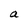
Character: a